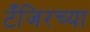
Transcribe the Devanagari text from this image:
टँजिरच्या